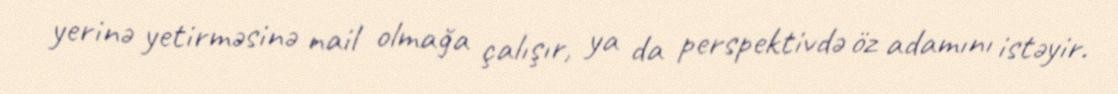
yerinə yetirməsinə nail olmağa çalışır, ya da perspektivdə öz adamını istəyir.